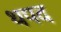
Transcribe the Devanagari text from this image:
थपद